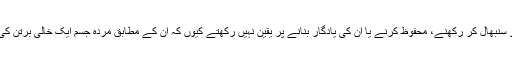
بدھ جسم کو سنبھال کر رکھنے، محفوظ کرنے یا ان کی یادگار بنانے پر یقین نہیں رکھتے کیوں کہ ان کے مطابق مردہ جسم ایک خالی برتن کی مانند ہے۔